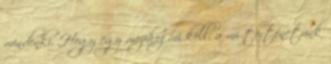
mindenki. Hogy egy mozihoz mi kell, a mi történetünk